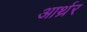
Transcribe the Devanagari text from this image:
आर्थ्रर